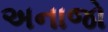
અનાજો